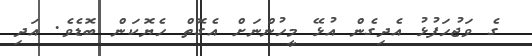
ގެ ވަޖުހަފުޅު އެދިގެން އުޅޭ މީހުންނަށް އެގޮތް ހެޔޮކަން ބޮޑެވެ. އަދި